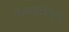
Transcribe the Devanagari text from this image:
माल्यग्रथन